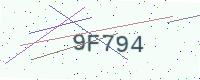
Text: 9F794